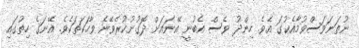
ނުތަނަވަސްވުމާއެކުގަ އެވެ. ހިންދު ވެސް އެބުނީ އޭނައަށް ދޮގުނުކުރެވޭނެ ވާހަކަތަކެވެ. އޭނަގެ ހިތުގައި